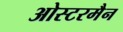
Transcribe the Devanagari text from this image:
ओस्टरमैन